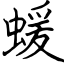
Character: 蝯